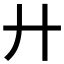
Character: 廾